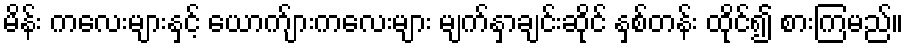
မိန်း ကလေးများနှင့် ယောက်ျားကလေးများ မျက်နှာချင်းဆိုင် နှစ်တန်း ထိုင်၍ စားကြမည်။